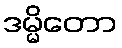
ဒမ္မိတော